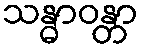
သန္ဓာဝန္တာ